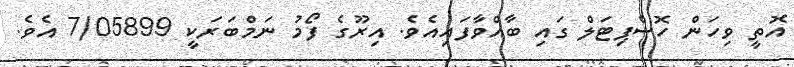
އޮތީ ވިހަން ހޮސްޕިޓަލް ގައި ބާއްވާފައިއެވެ. އިރޫގެ ފޯމު ނަމްބަރަކީ 7/05899 އެވެ.